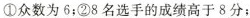
①众数为6：②8名选手的成绩高于8分；